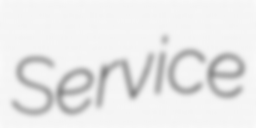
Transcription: Service